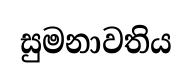
සුමනාවතිය